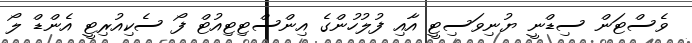
ވެސްޓަން ސިޑްނީ ޔުނިވަސިޓީ އާއި ފުލުހުންގެ އިންސްޓިޓިއުޓް ފޯ ސެކިއުރިޓީ އެންޑް ލޯ